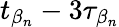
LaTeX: t_{\beta_{n}}-3\tau_{\beta_{n}}